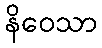
နိဝေသာ